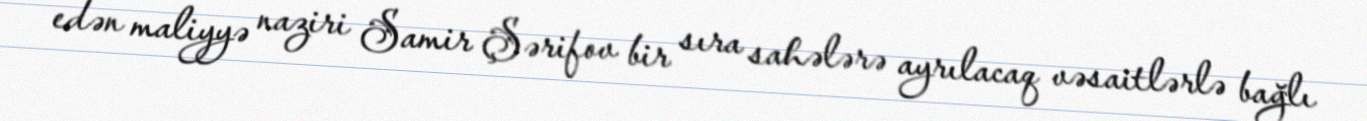
edən maliyyə naziri Samir Şərifov bir sıra sahələrə ayrılacaq vəsaitlərlə bağlı